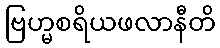
ဗြဟ္မစရိယဖလာနီတိ